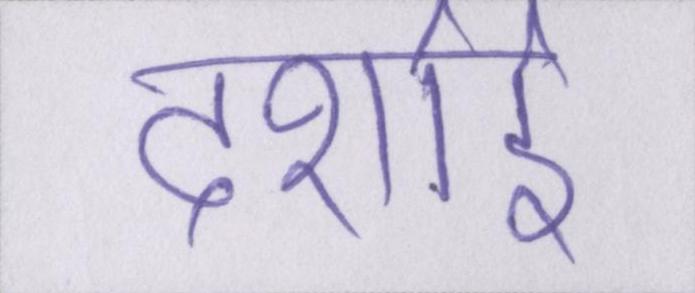
दर्शाई